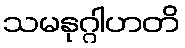
သမနုဂ္ဂါဟတိ